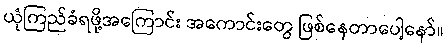
ယုံကြည်ခံရဖို့အကြောင်း အကောင်းတွေ ဖြစ်နေတာပေါ့နော်။